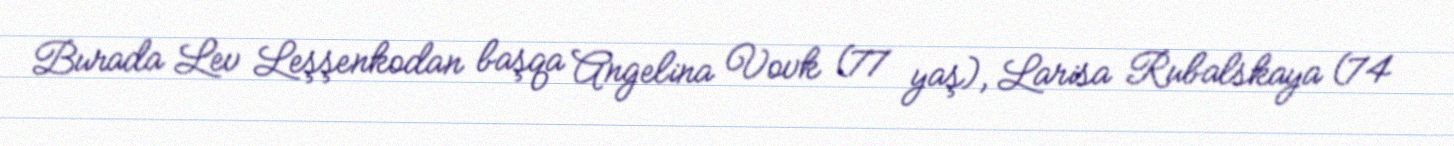
Burada Lev Leşşenkodan başqa Angelina Vovk (77 yaş), Larisa Rubalskaya (74